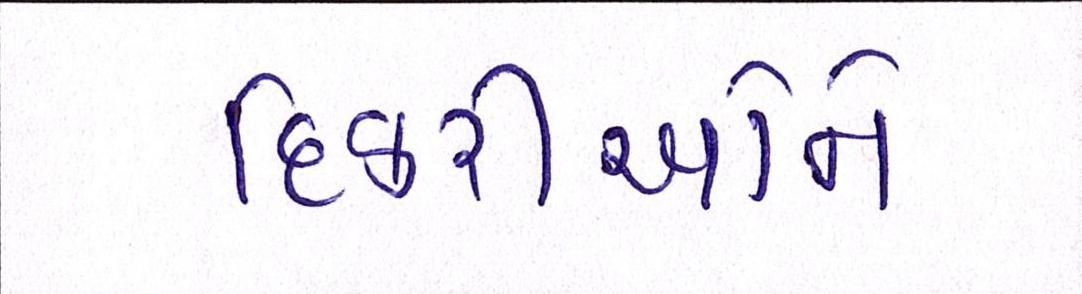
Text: દિકરીઓને